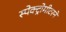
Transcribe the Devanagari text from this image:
स्पेक्ट्रोमीटरने